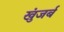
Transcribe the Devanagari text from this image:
खुंजर्ब